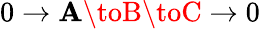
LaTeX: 0\to\mathbf{A}\toB\toC\to0